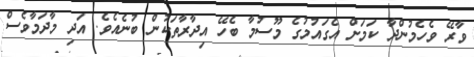
ވާރޭ ވެހެމުންދާ ކަމަށް އެގައުމުގެ މޫސުމާ ބެހޭ އިދާރާތަކުން ބުނެއެވެ. އަދި މާދަމާވެސް